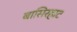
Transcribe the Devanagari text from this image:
बासिरहाट